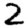
Digit: 2